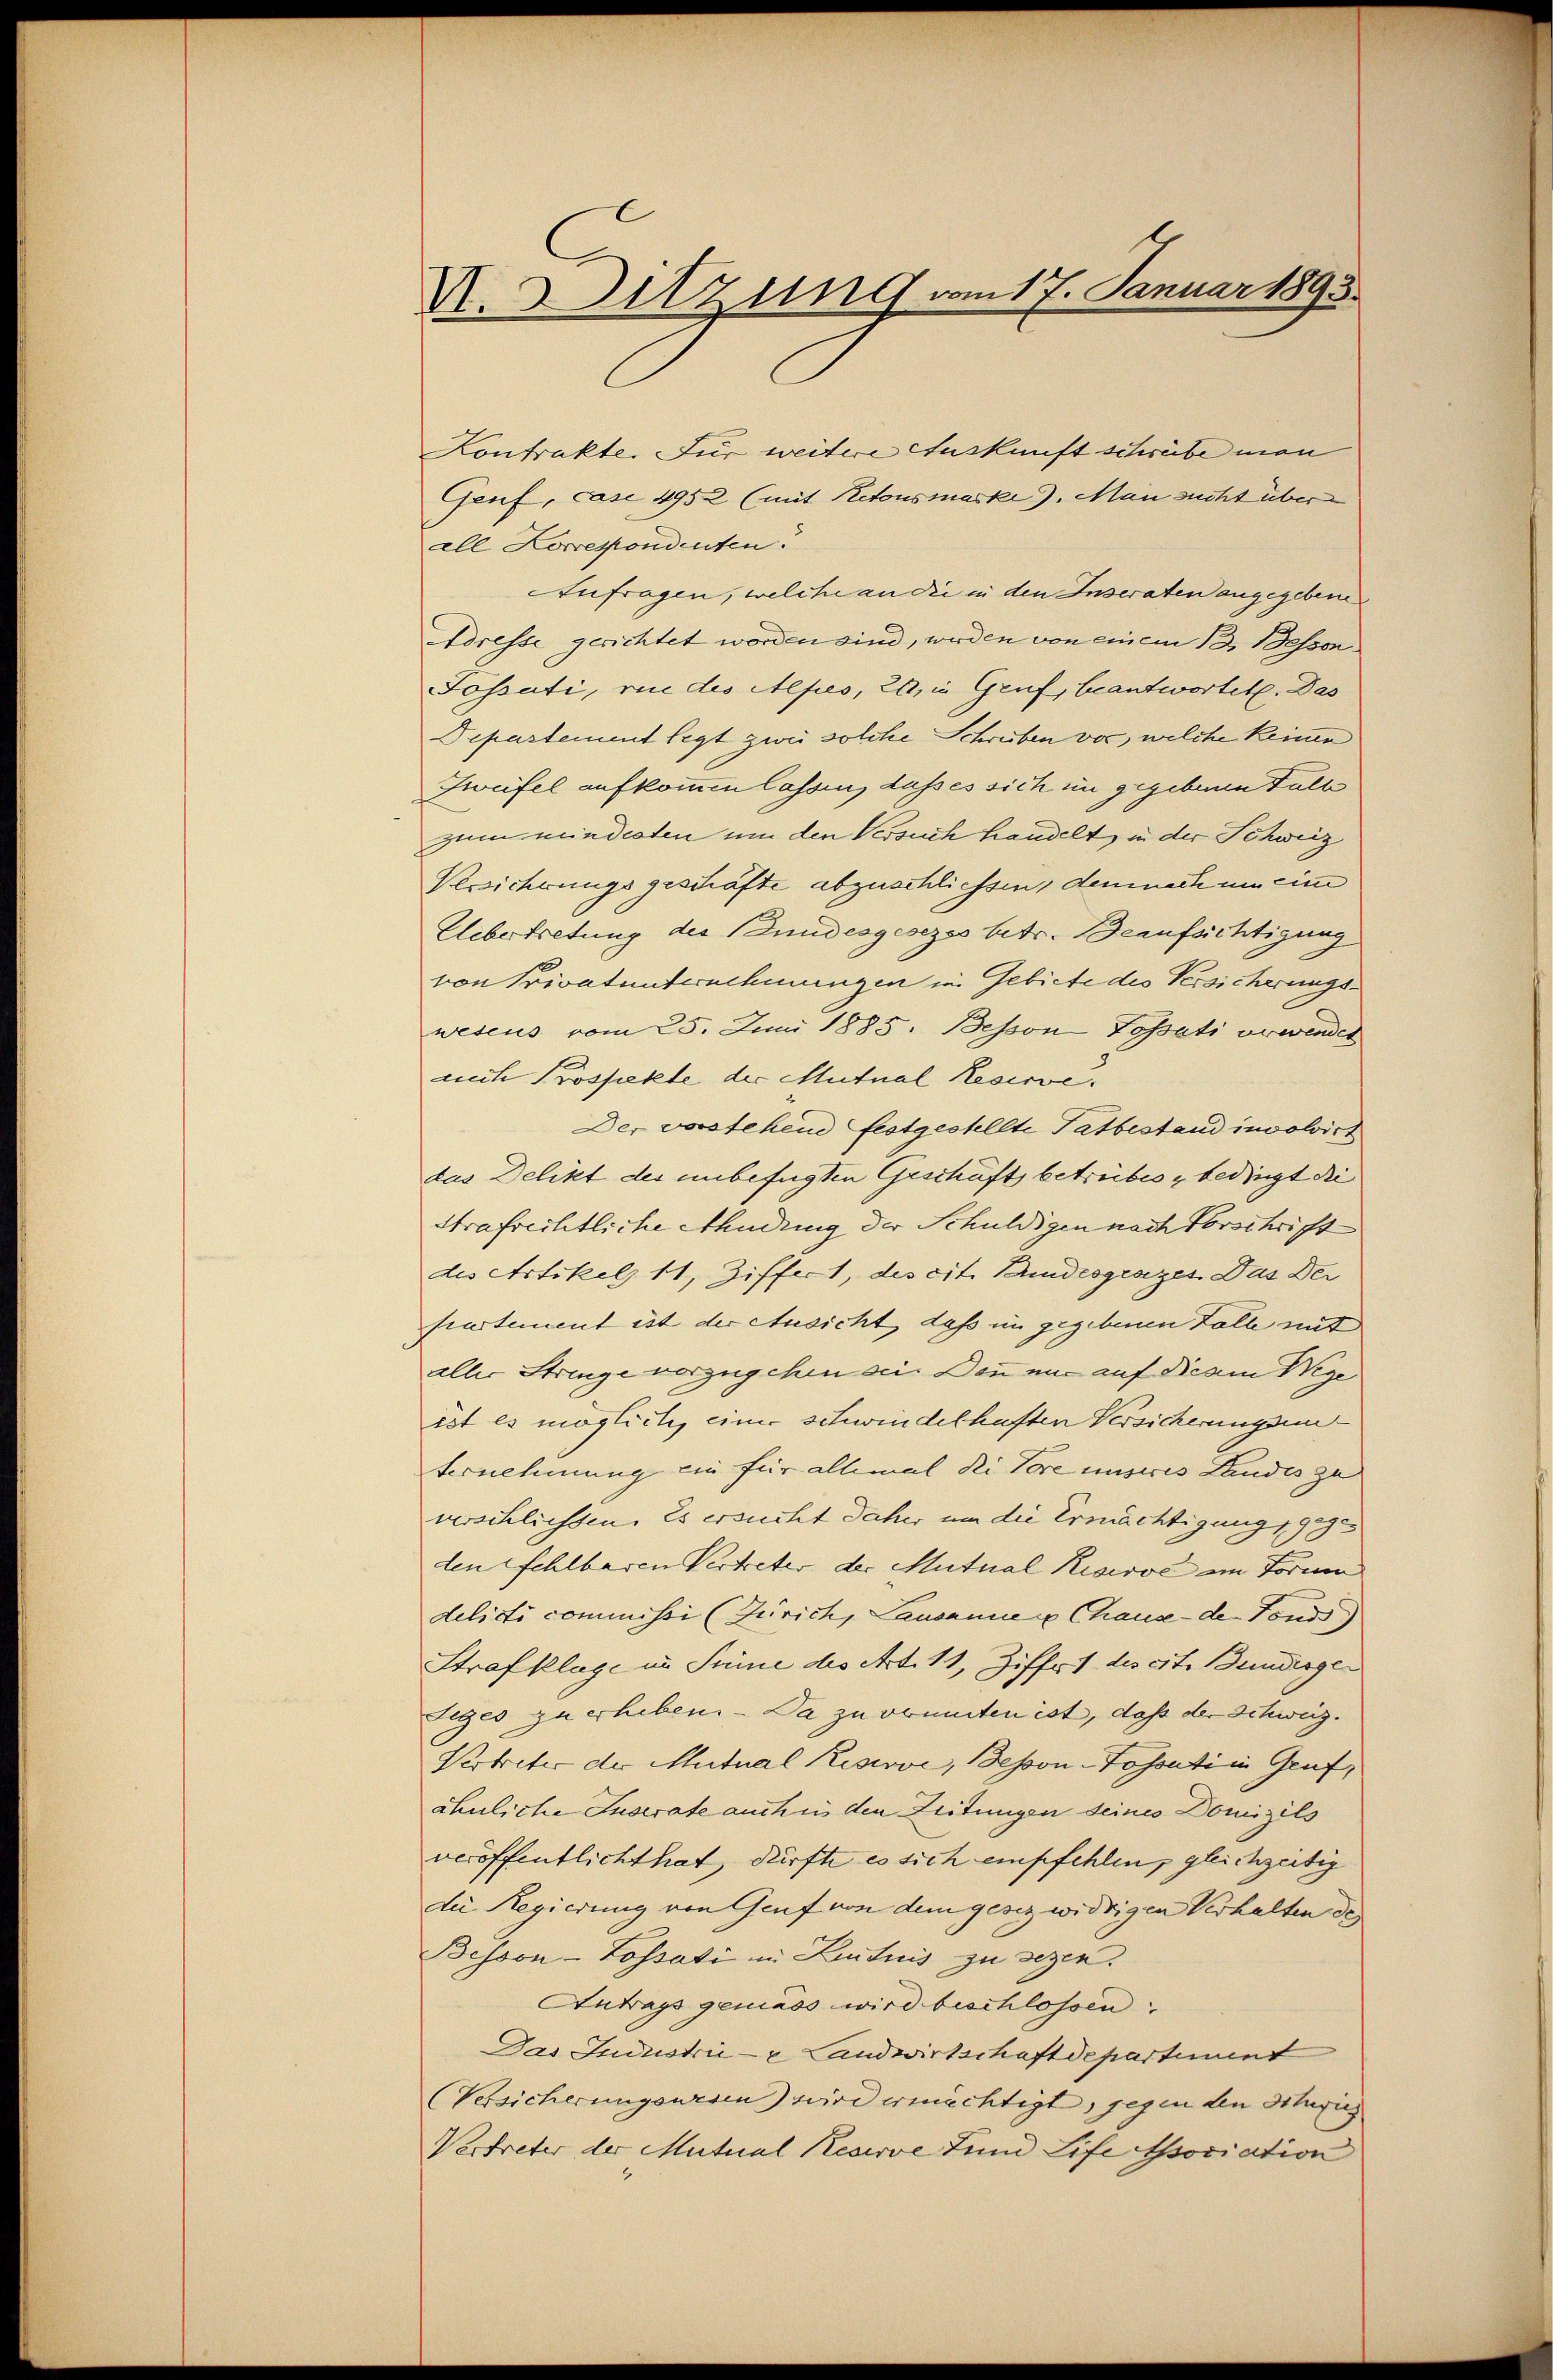
V. Sitzung vom 17. Januar 1893.

Kontrakte. Für weitere Auskunft schreibe man
Genf, case 4952 (mit Retousmarke. Man sucht über
all Korrespondenten.
Aufragen, welche an die in den Inseraten angegebene
Adresse gerichtet worden sind, werden von einem 13. Bessen
Fossati, vie des Alpes, 26, in Gruf, beantwortet. Das
Departement legt zwei solche Schreiben vor, welche keinen
Zweifel aufkommen lassen, dass es sich in gegebenen Fall
zum minderten um den Versuch handelt, in der Schweiz
Versicherungsgeschäfte abzuschliessen, demnach um eine
Uebertretung des Bundesgesezes betr. Bernfächtigung
von Privatunternehmungen in Gebiete des Versicherungswesens vom 25. Juni 1885. Besson Tossati erwendet
ach Prospekte der Mutnal Resirve.
Der vorstehend festgestellte Tatbestand insolvirt
das Delikt des unbefügten Geschäfts betreibes bedingt die |
Strafrichtliche Ahndung der Schuldigen nach Vorschrift
des Artikel 11, Ziffert, des cit. Bundesgrazes. Das Dei
sartement ist der Ausicht, daß im gegebenen Fall mit
aller Stringe vorzugehen sei. Dann nur auf die am Wege
ist es mögliche, einer schwindelhaften Versicherungsun
ternehmung ein für allemal di Pare unseres Landes zu
verschliessen. Es ersucht daher um die Ermächtigung 190
den fehlbaren Vertreter der Mutual Kraisse im Form
delicti commissi (Zürich, Lausanne u Chause de Fonds
Strafklage im Sinne des Art. 11, Ziff. 1 des cit. Bundesgeteges zu erheben. - Da zu vonnten ist, daß der Schweiz.
Vertreter der Mutual Resiove, Beson-Tossati in Graf,
ähnliche Inserate auch in den Zeitungen seines Domizils
veröffentlicht hat, dürfte es sich empfehlen, gleichzeitig
die Regierung von Genf von dem gesez widrigen Verhalten des
Bessen-Lossati in Lutnis zu sezen.
Antrags gemass wird beschlossen,
Das Industrie - Landwirtschaftdepartiment
(Versicherungswesen) wird ermächtigt, gegen den Orig
Vertreter der Mutural Reserve Lund Life Association